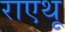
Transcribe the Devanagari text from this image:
राएथू